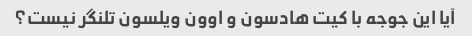
آیا این جوجه با کیت هادسون و اوون ویلسون تلنگر نیست؟